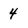
Character: 4